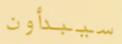
سيبدأون